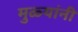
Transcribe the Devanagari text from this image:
मुळ्यांनी